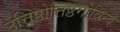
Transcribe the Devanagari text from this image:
उत्तिष्ठोत्तिष्ठगोविन्द